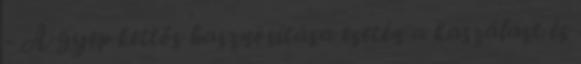
- A gyep kettős hasznosítása esetén a kaszálást és